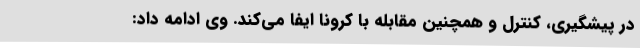
در پیشگیری، کنترل و همچنین مقابله با کرونا ایفا می‌کند. وی ادامه داد: